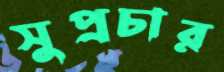
সুপ্রচার